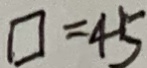
\square = 4 5